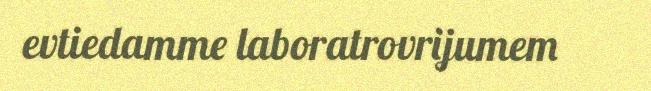
evtiedamme laboratrovrijumem